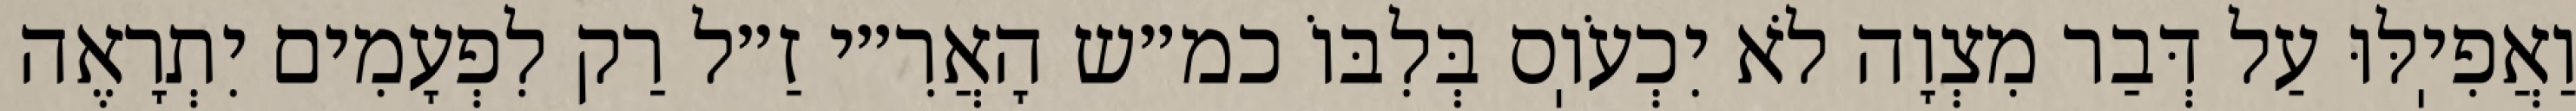
וַאֲפִיֽלּוּ עַל דְּבַר מִצְוָה לֹא יִכְעֹוֽס בְּלִבּוֹ כמ״ש הָאֲרִ״י זַ״ל רַק לִפְעָמִים יִתְרָאֶה